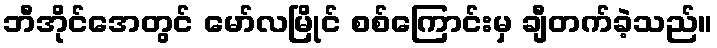
ဘီအိုင်အေတွင် မော်လမြိုင် စစ်ကြောင်းမှ ချီတက်ခဲ့သည်။